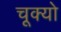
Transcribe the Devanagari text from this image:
चूक्यो